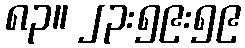
၈၃။ ၂၃:၅၉:၅၉